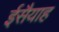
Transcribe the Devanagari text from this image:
ईसैयाह